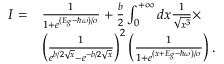
\begin{array} { r l } { I = } & { \frac { 1 } { 1 + e ^ { ( E _ { g } - \hbar \omega ) / \sigma } } + \frac { b } { 2 } \int _ { 0 } ^ { + \infty } d x \frac { 1 } { \sqrt { x ^ { 3 } } } \times } \\ & { \left( \frac { 1 } { e ^ { b / 2 \sqrt { x } } - e ^ { - b / 2 \sqrt { x } } } \right) ^ { 2 } \left( \frac { 1 } { 1 + e ^ { ( x + E _ { g } - \hbar \omega ) / \sigma } } \right) . } \end{array}